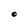
Character: O